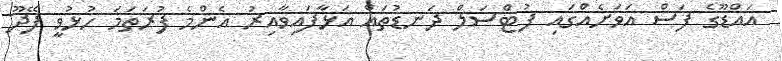
އައްޑޫގެ ފަސް އަވަށެއްގައި ފުޓްސަލް ދަނޑުތައް އަޅާފައިވާއިރު އެންމެ ފުރަތަމަ ހުޅުވީ ފޭދޫ